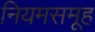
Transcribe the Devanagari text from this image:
नियमसमूह